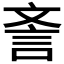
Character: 𣁎